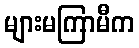
များမကြာမီက